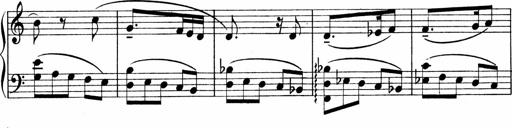
Title: Sonatina No.1
Composer: Otto Stoll
Key: C major